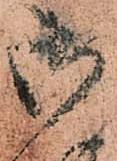
御